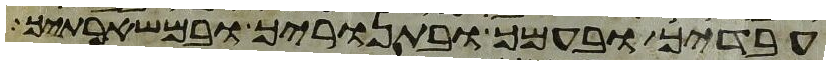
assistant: עבדיך ובעמך ובתנוריך ובמשארתיך